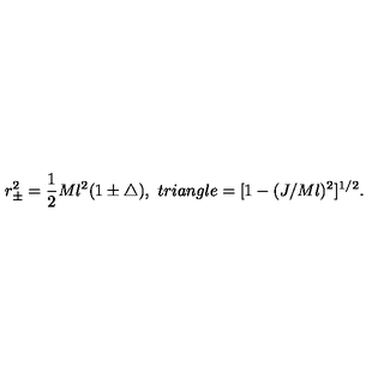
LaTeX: r _ { \pm } ^ { 2 } = \frac { 1 } { 2 } M l ^ { 2 } ( 1 \pm \triangle ) , \ t r i a n g l e = [ 1 - ( J / M l ) ^ { 2 } ] ^ { 1 / 2 } .